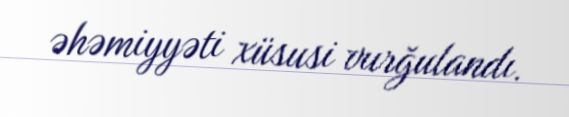
əhəmiyyəti xüsusi vurğulandı.